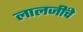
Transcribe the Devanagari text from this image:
लालजींचे